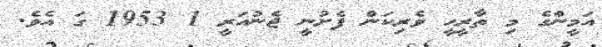
އަމީންގެ މި ތާރީހީ ވެރިކަން ފެށުނީ ޖެނުއަރީ 1 1953 ގަ އެވެ.